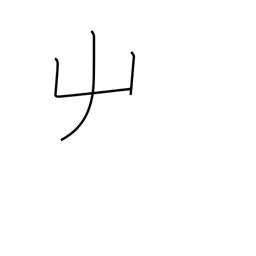
Meaning: left hand